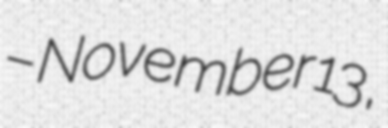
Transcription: – November 13,